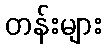
တန်းများ